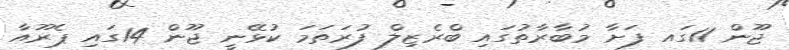
ޖޫން 11ގައ ފަށާ މުބާރާތުގައި ބްރެޒިލް ފުރަތަމަ ކުޅޭނީ ޖޫން 14ގައި ޕެރޫއާ